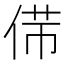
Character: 𠊃